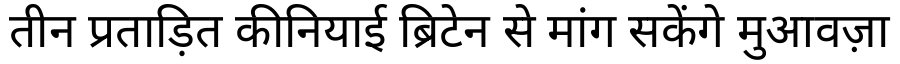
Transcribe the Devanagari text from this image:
तीन प्रताड़ित कीनियाई ब्रिटेन से मांग सकेंगे मुआवज़ा